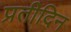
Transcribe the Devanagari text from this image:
प्रतीदिन